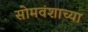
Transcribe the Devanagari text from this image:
सोमवंशाच्या